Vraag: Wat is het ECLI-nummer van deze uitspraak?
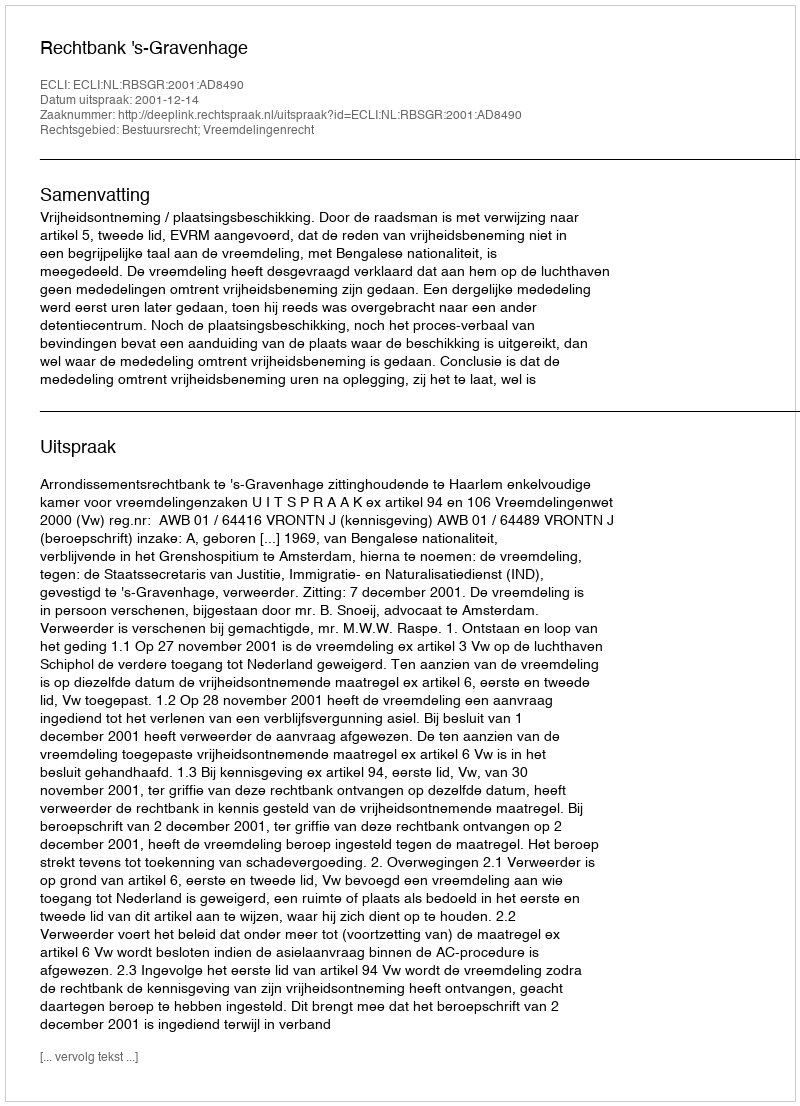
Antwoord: ECLI:NL:RBSGR:2001:AD8490